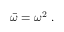
{ \bar { \omega } } = \omega ^ { 2 } ~ .